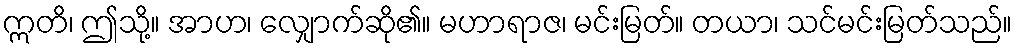
ဣတိ၊ ဤသို့။ အာဟ၊ လျှောက်ဆို၏။ မဟာရာဇ၊ မင်းမြတ်။ တယာ၊ သင်မင်းမြတ်သည်။